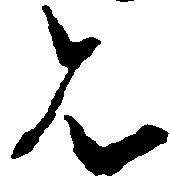
は